Annual statistical returns and brief notes on vaccination in Bengal - 1887-1898
Year: 1887
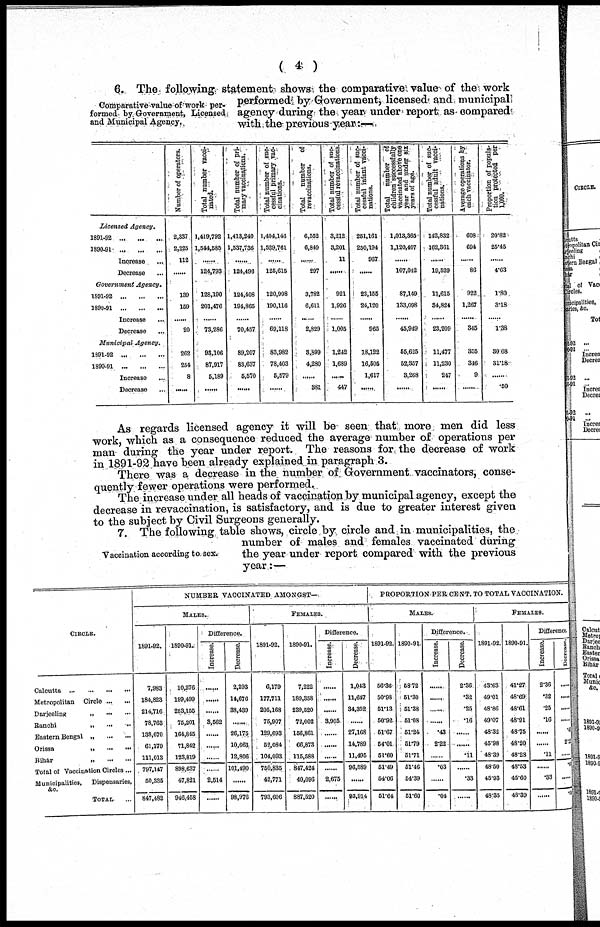
( 4 )
Comparative value of work per-
formed by Government, Licensed
and Municipal Agency.
6. The following statement shows the comparative value of the work
performed by Government, licensed and municipal
agency during the year under report as compared
with the previous year:—
Licensed Agency.
1891-92
...
...
...
1890-91
...
...
...
Increase
...
Decrease ...
Government Agency.
1891-92
...
...
...
1890-91
...
...
...
Increase ...
Decrease ...
Municipal
Agency.
1891-92 ... ... ...
1890-91
...
...
...
Increase ...
Decrease ...
Number of operators.
2,337
2,225
112
......
139
159
......
20
262
254
8
......
Total number vacci-
nated.
1,419,792
1,544,585
......
124,793
128,190
201,476
......
73,286
93,106
87,917
5,189
......
Total number of pri-
mary vaccinations.
1,413,240
1,537,736
......
124,496
124,408
194,865
......
70,457
89,207
83,637
5,570
......
Total number of suc-
cessful primary vac-
cinations.
1,404,146
1,529,761
......
125,615
120,998
190,116
......
69,118
83,982
78,403
5,579
......
Total number of
revaccinations.
6,552
6,849
......
297
3,782
6,611
......
2,829
3,899
4,280
......
381
Total number of suc-
cessful revaccinations.
3,212
3,201
11
......
921
1,926
......
1,005
1,242
1,689
......
447
Total number of suc-
cessful infant vacci-
nations.
251,161
250,194
967
......
23,155
24,120
......
965
18,122
16,505
1,617
......
Total number of
children successfully
vaccinated above one
year and under six
years of age.
1,013,365
1,120,407
......
107,042
87,149
133,098
......
45,949
55,625
52,357
3,268
......
Total number of suc-
cessful adult vacci-
nations.
142,832
162,361
......
19,529
11,615
34,824
......
23,209
11,477
11,230
247
......
Average operations by
each vaccinator.
608
694
......
86
922
1,267
......
345
355
346
9
......
Proportion of popula-
tion protected per
1,000.
20.82
25.45
......
4.63
1.80
3.18
......
1.38
30.68
31.18
...
.50
As regards licensed agency it will be seen that more men did less
work, which as a consequence reduced the average number of operations per
man during the year under report. The reasons for the decrease of work
in 1891-92 have been already explained in paragraph 3.
There was a decrease in the number of Government vaccinators, conse-
quently fewer operations were performed.
The increase under all heads of vaccination by municipal agency, except the
decrease in revaccination, is satisfactory, and is due to greater interest given
to the subject by Civil Surgeons generally.
Vaccination according to sex.
7. The following table shows, circle by circle and in municipalities, the
number of males and females vaccinated during
the year under report compared with the previous
year.:—
CIRCLE.
Calcutta
...
...
...
...
Metropolitan Circle ... ...
Darjeeling „ ... ...
Ranchi
„
...
...
Eastern Bengal „
...
...
Orissa
„
...
...
Bihár
„ ... ...
Total of Vaccination Circles...
Municipalities. Dispensaries,
&c.
TOTAL ...
NUMBER VACCINATED AMONGST—
MALES.
1891-92.
7,983
184,823
214,716
78,763
138,670
61,179
111,013
797,147
50,335
847,482
1890-91.
10,276
199,499
253,155
75,201
164,845
71,842
123,819
898,637
47,821
946,458
Difference.
Increase.
......
......
......
3,562
......
......
......
......
2,514
......
Decrease.
2,293
14,676
33,439
......
26,175
10,663
12,806
101,490
......
98,976
FEMALES.
1891-92.
6,179
177,711
205,168
75,907
129,693
52,084
104,093
750,835
42,771
793,606
1890-91.
7,222
189,358
239,520
72,002
156,861
66,873
115,588
847,424
40,096
887,520
Difference.
Increase.
......
......
......
3,905
......
......
......
......
2,675
......
Decrease.
1,043
11,647
34,352
......
27,168
14,789
11,495
96,589
......
93,914
PROPORTION PER CENT. TO TOTAL VACCINATION.
MALES.
1891-92.
56.36
50.98
51.13
50.92
51.67
54.01
51.60
51.49
54.06
51.64
1890-91.
58.72
51.30
51.38
51.08
51.24
51.79
51.71
51.46
54.39
51.60
Difference.
Increase.
......
......
......
......
.43
2.22
......
.03
......
.04
Decrease.
2.36
.32
.25
.16
......
......
.11
......
.33
......
FEMALES.
1891-92.
43.63
49.01
48.86
49.07
48.32
45.98
48.39
48.50
45.93
48.35
1890-91.
41.27
48.69
48.61
48.91
48.75
48.20
48.28
48.53
45.60
48.39
Difference.
Increase.
2.36
.32
.25
.16
......
......
.11
......
.33
......
Decrease.
......
......
......
......
. 43
2.20
......
.0
......
.04